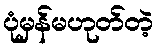
ပုံမှန်မဟုတ်တဲ့